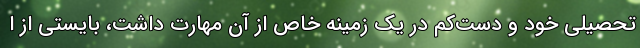
تحصیلی خود و دست‌کم در یک زمینه خاص از آن مهارت داشت، بایستی از ا